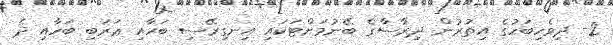
2- ދިވެހިބަހުގެ އިތުރުން ދިރާސާގެ ބޭނުމަށްޓަކައި އިނގިރޭސި ބަހާއި ޢަރަބި ބަހާއި ދެ